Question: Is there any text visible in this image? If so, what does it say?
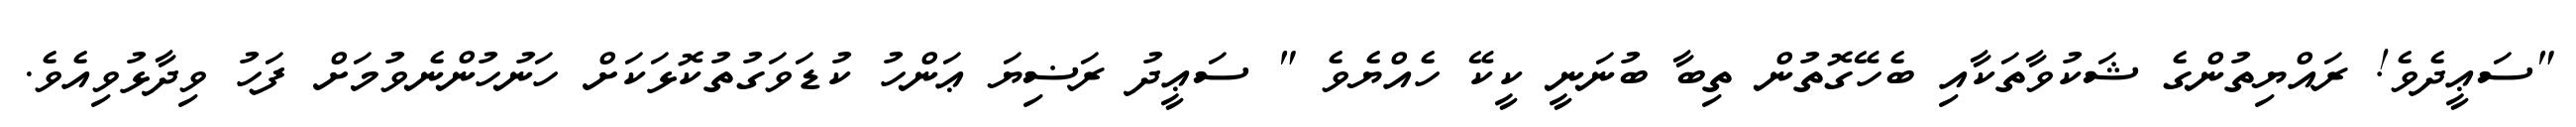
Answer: "ސަޢީދެވެ! ރައްޔިތުންގެ ޝަކުވާތަކާއި ބެހޭގޮތުން ތިބާ ބުނަނީ ކީކޭ ހެއްޔެވެ " ސަޢީދު ރަޟިޔަ ޢަންހު ކުޑަވަގުތުކޮޅަކަށް ހަނުހުންނެވުމަށް ފަހު ވިދާޅުވިއެވެ.